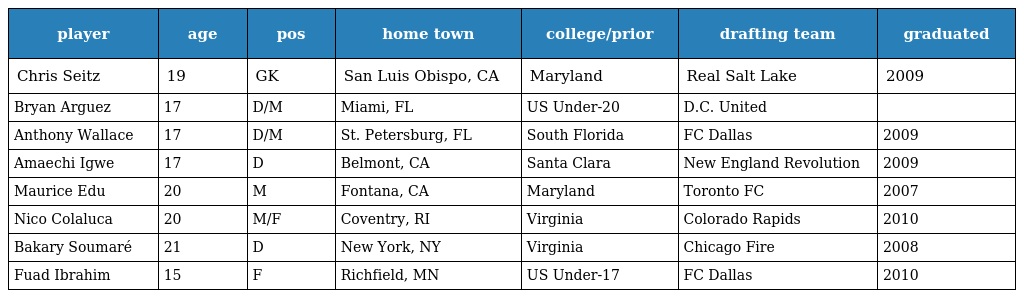
| player | age | pos | home town | college/prior | drafting team | graduated |
 | --- | --- | --- | --- | --- | --- | --- |
 | Chris Seitz | 19 | GK | San Luis Obispo, CA | Maryland | Real Salt Lake | 2009 |
 | Bryan Arguez | 17 | D/M | Miami, FL | US Under-20 | D.C. United |  |
 | Anthony Wallace | 17 | D/M | St. Petersburg, FL | South Florida | FC Dallas | 2009 |
 | Amaechi Igwe | 17 | D | Belmont, CA | Santa Clara | New England Revolution | 2009 |
 | Maurice Edu | 20 | M | Fontana, CA | Maryland | Toronto FC | 2007 |
 | Nico Colaluca | 20 | M/F | Coventry, RI | Virginia | Colorado Rapids | 2010 |
 | Bakary Soumaré | 21 | D | New York, NY | Virginia | Chicago Fire | 2008 |
 | Fuad Ibrahim | 15 | F | Richfield, MN | US Under-17 | FC Dallas | 2010 |